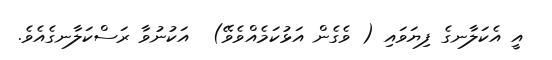
އީ އެކަލާނގެ ފިޔަވައި ( ވެގެން އަޅުކަމެއްވެވޭ)  އަކުނުވާ ރަސްކަލާނގެއެވެ.